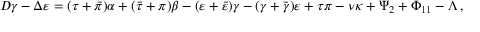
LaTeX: D \gamma - \Delta \varepsilon = ( \tau + { \bar { \pi } } ) \alpha + ( { \bar { \tau } } + \pi ) \beta - ( \varepsilon + { \bar { \varepsilon } } ) \gamma - ( \gamma + { \bar { \gamma } } ) \varepsilon + \tau \pi - \nu \kappa + \Psi _ { 2 } + \Phi _ { 1 1 } - \Lambda \, ,